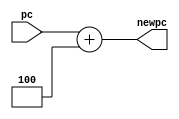
module adder(input [31:0]pc,output [31:0] newpc);
assign newpc=pc+4;
endmodule